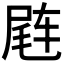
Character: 𬨊